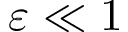
\varepsilon \ll 1